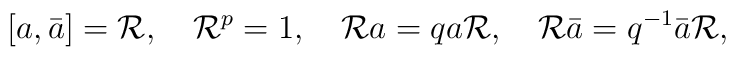
[a,\bar{a}]={\cal R},\quad{\cal R}^p=1,\quad {\cal R} a=qa{\cal R},\quad{\cal R}\bar{a}=q^{-1}\bar{a}{\cal R},